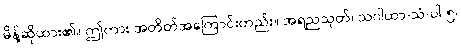
မိန့်ဆိုထား၏။ ဤကား အတိတ်အကြောင်းတည်း။ အရညသုတ်၊ သဂါထာ-သံ-ပါ-၅၊